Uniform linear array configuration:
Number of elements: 12
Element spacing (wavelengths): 1
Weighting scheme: uniform
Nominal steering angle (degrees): -45
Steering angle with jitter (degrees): -43.77
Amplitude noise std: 0.05
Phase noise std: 0.05

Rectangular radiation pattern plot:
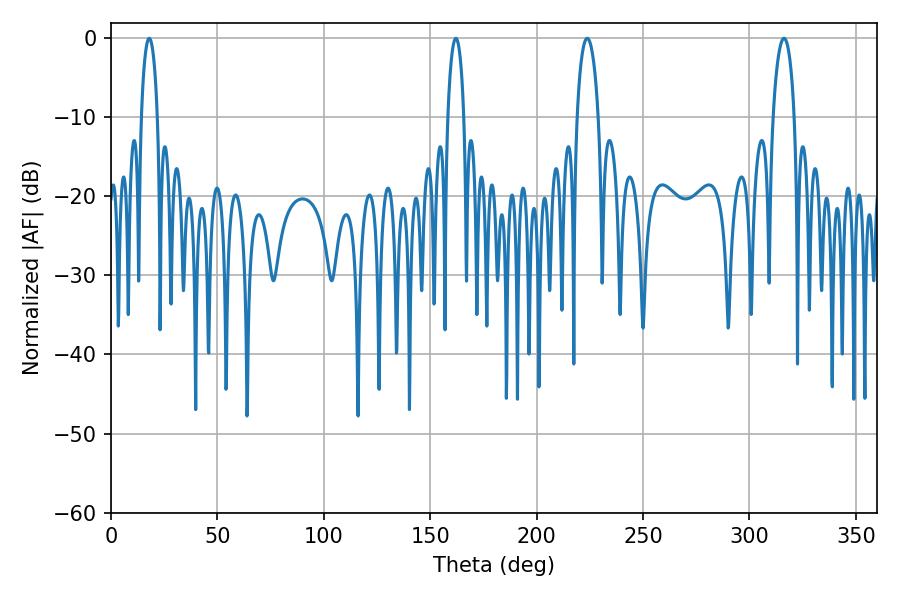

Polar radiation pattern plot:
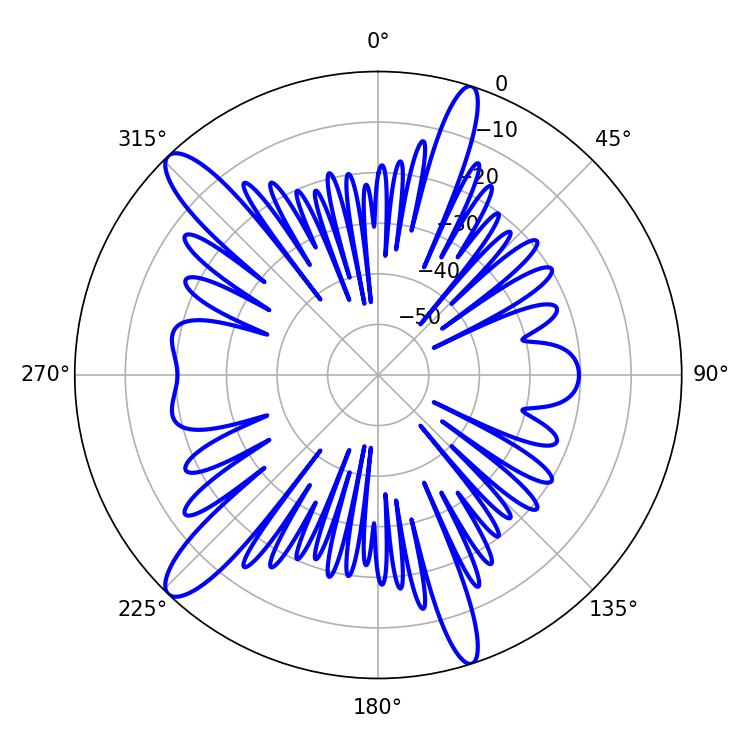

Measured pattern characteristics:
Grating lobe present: TRUE
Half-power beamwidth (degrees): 5.58
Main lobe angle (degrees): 316.26